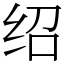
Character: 绍